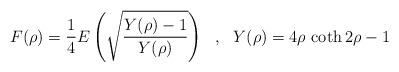
LaTeX: \begin{align*}F( \rho ) = \frac{1}{4}E\left(\sqrt{\frac{Y(\rho)-1}{Y(\rho)}}\right)~~,~~Y(\rho) = 4\rho\,\coth 2\rho -1\end{align*}